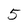
Character: 5